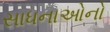
સાધનાઓનો